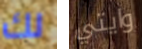
لك وايتي